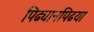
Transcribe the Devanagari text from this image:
पिढ्यानपिढया